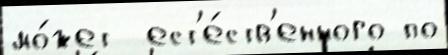
мо́жет  ест'е́ств'енного по